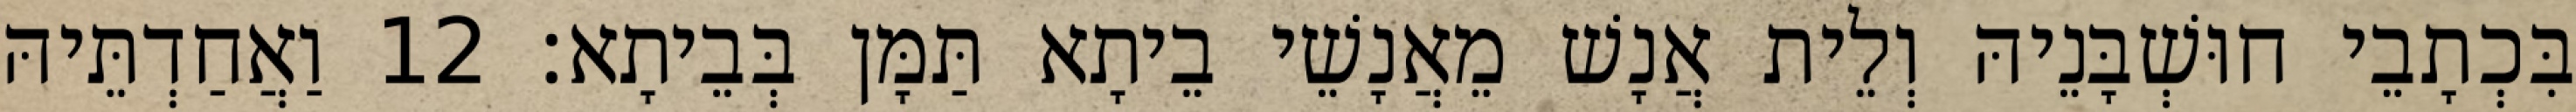
בִּכְתָבֵי חוּשְׁבָּנֵיהּ וְלֵית אֲנָשׁ מֵאֲנָשֵׁי בֵיתָא תַּמָּן בְּבֵיתָא׃ 12 וַאֲחַדְתֵּיהּ